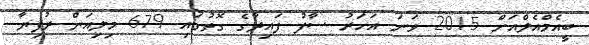
ބީއެމްއެލްއަށް 2015 ވަނަ އަހަރު ސާފު ފައިދާގެ ގޮތުގައި 679 މިލިއަން ރުފިޔާ